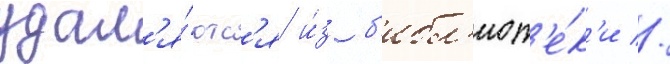
удал'я́ютс'я и́з б'ибл'иот'е́к'и //